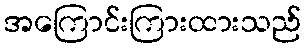
အကြောင်းကြားထားသည်